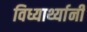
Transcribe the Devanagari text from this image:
विध्यार्थ्यानी